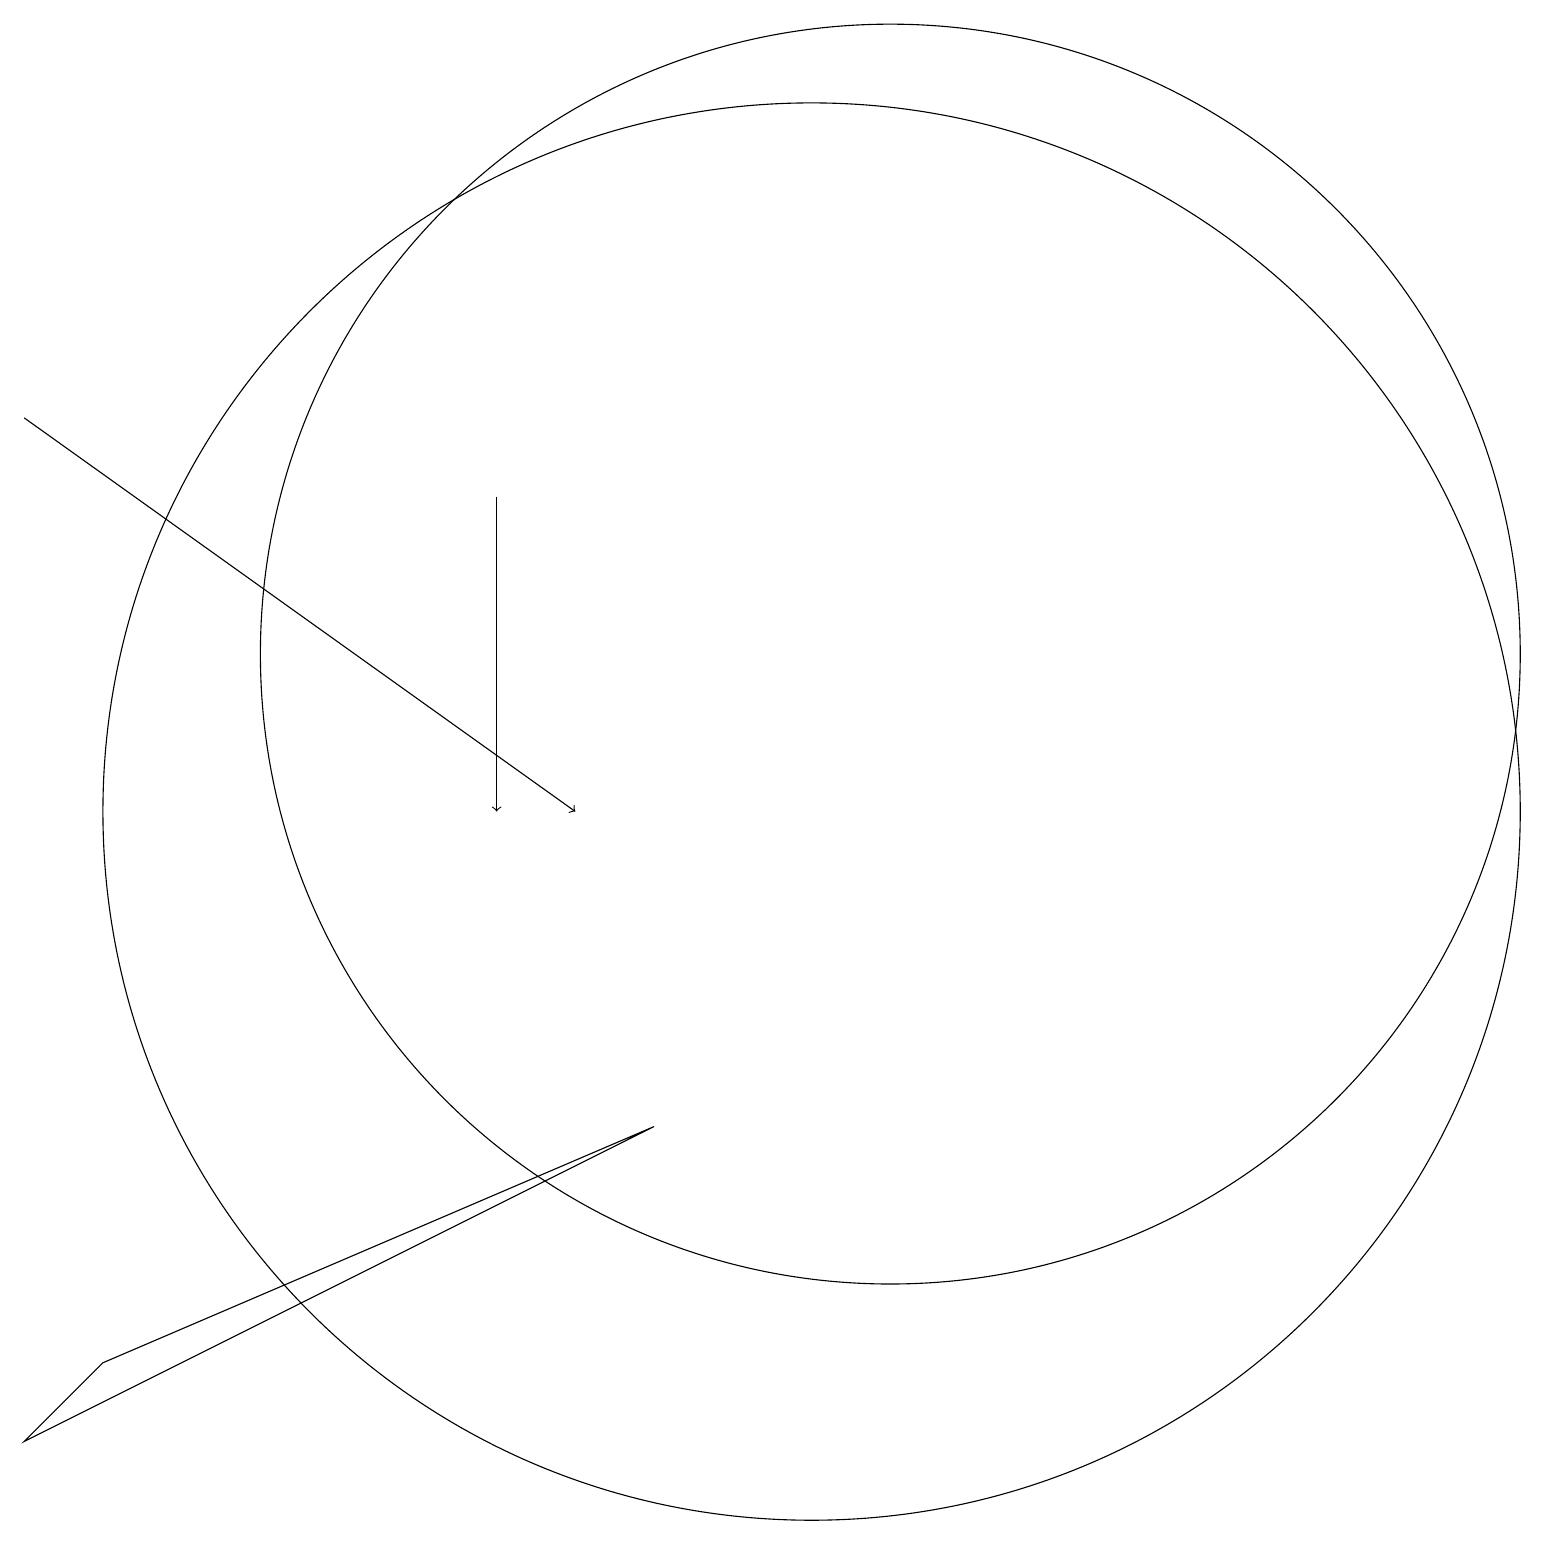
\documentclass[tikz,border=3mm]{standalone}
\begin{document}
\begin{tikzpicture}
\draw[->] (7,14) -- (7,10);
\draw (11,10) circle (9);
\draw[->] (1,15) -- (8,10);
\draw (12,12) circle (8);
\draw (9,6) -- (2,3) -- (1,2) -- cycle;
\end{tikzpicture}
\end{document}